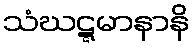
သံဃဋ္ဋမာနာနိ